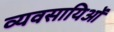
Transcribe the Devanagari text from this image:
व्यवसायिओं